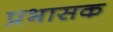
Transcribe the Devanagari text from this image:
प्रभासक